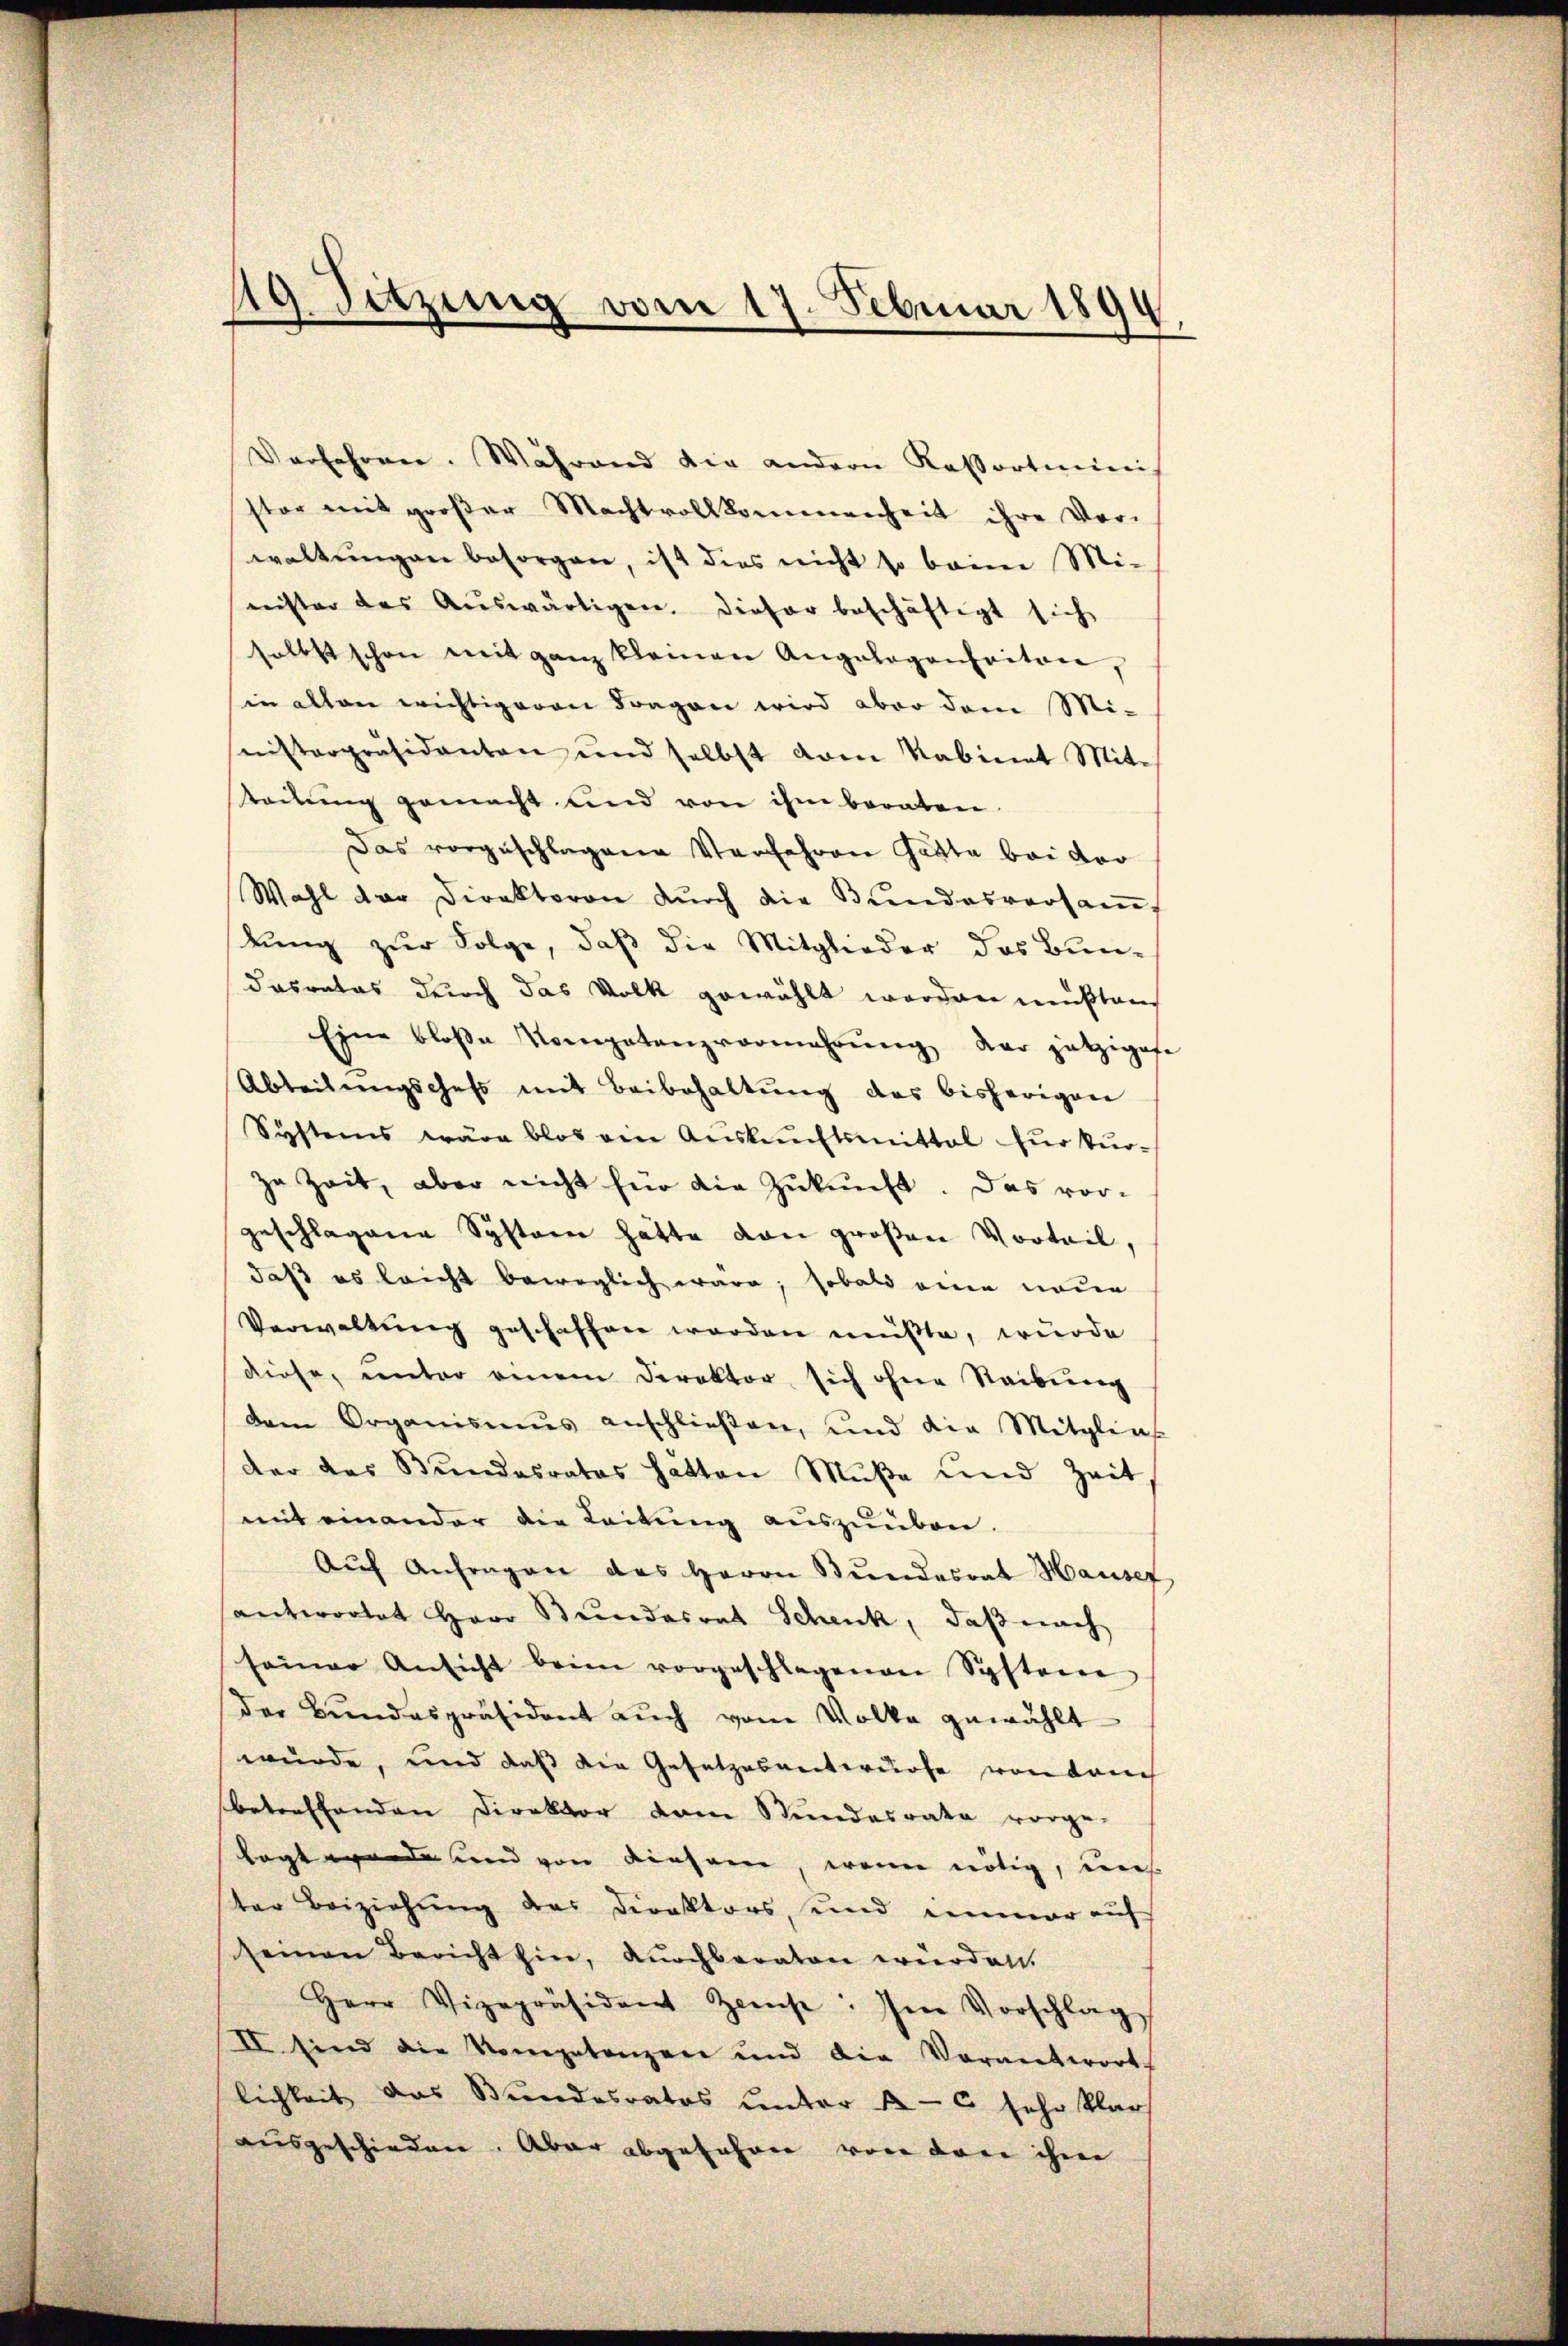
Verfahren. Während die andern Kassartini
ster mit großer Machtvollkommenheit ihre Ver-
waltungen besorgen, ist dies nicht so beim Mi-
nister das Aŭswärtigen. Dieser beschäftigt sich
sollst schon mit ganz kleinen Angelegenheiten,
in allen wichtigeren Fragen wird aber dem Mi-
nisterpräsidenten und selbst vom Kabinet Mit-
tadung gemacht und von ihm beraten
Das vorgeschlagene Verfahren Gatta bei vor
Wahl der Direktoren dŭrch die Bŭndesversam
kung zur Folge, daß die Mitglieder das Bun-
dasrates durch das Volk gewählt worden mußten,
Eine bloße Kompetenzvormahrŭng der jetzigese
Abteilŭngschaft mit Beibehaltŭng des bisherigene
Systems wäre blos ein Auskunftsmittal für kurzu Zeit, aber nicht für die Zukunft. Das vor-
geschlagene System hätte von großen Vorteil,
daß es leicht beweglich wäre; sobald eine neue
Verwaltung geschaffen worden müßte, wurde
diese, unter einem Direktor sich ohne Reibung
dem Organismus anschließen, und die Mitglie
der das Bundesrates hätten Müße und Zeit
mit einander die Leitung auszuüben.
Aŭf Anfragen das Herrn Bŭndesrat Hausef
antwortet Herr Bundesrat Schenk, daß nach
seiner Ansicht beim vorgeschlagenen Systeme
der Bundespräsident aŭch vom Volke gewählt
wurde, und daß die Gesetzesentwurfe von dreich
betreffenden Direktor dem Stundesrata vorge-
lagt werde und von diesem, wenn nötig, uns
ter Beiziehung des Direktors, und immer auf
seinen Bericht hin, durchberaten würden.
Herr Vizepräsident Zins: Im Vorschlag
II sind die Kompetenzen und die Verantwort
lichkeit das Bundesrates unter 16 sehr klar
ausgeschieden. Aber abgefahren von den ihm

19 Sitzung vom 17. Februar 1894